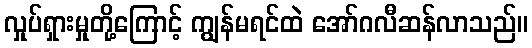
လှုပ်ရှားမှုတို့ကြောင့် ကျွန်မရင်ထဲ အော်ဂလီဆန်လာသည်။